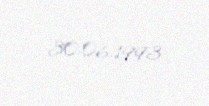
30.06.1993